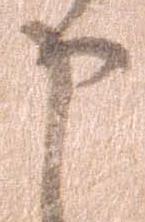
申